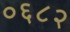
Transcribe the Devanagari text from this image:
०६८२